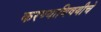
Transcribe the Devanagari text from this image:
करण्याविषयीचे